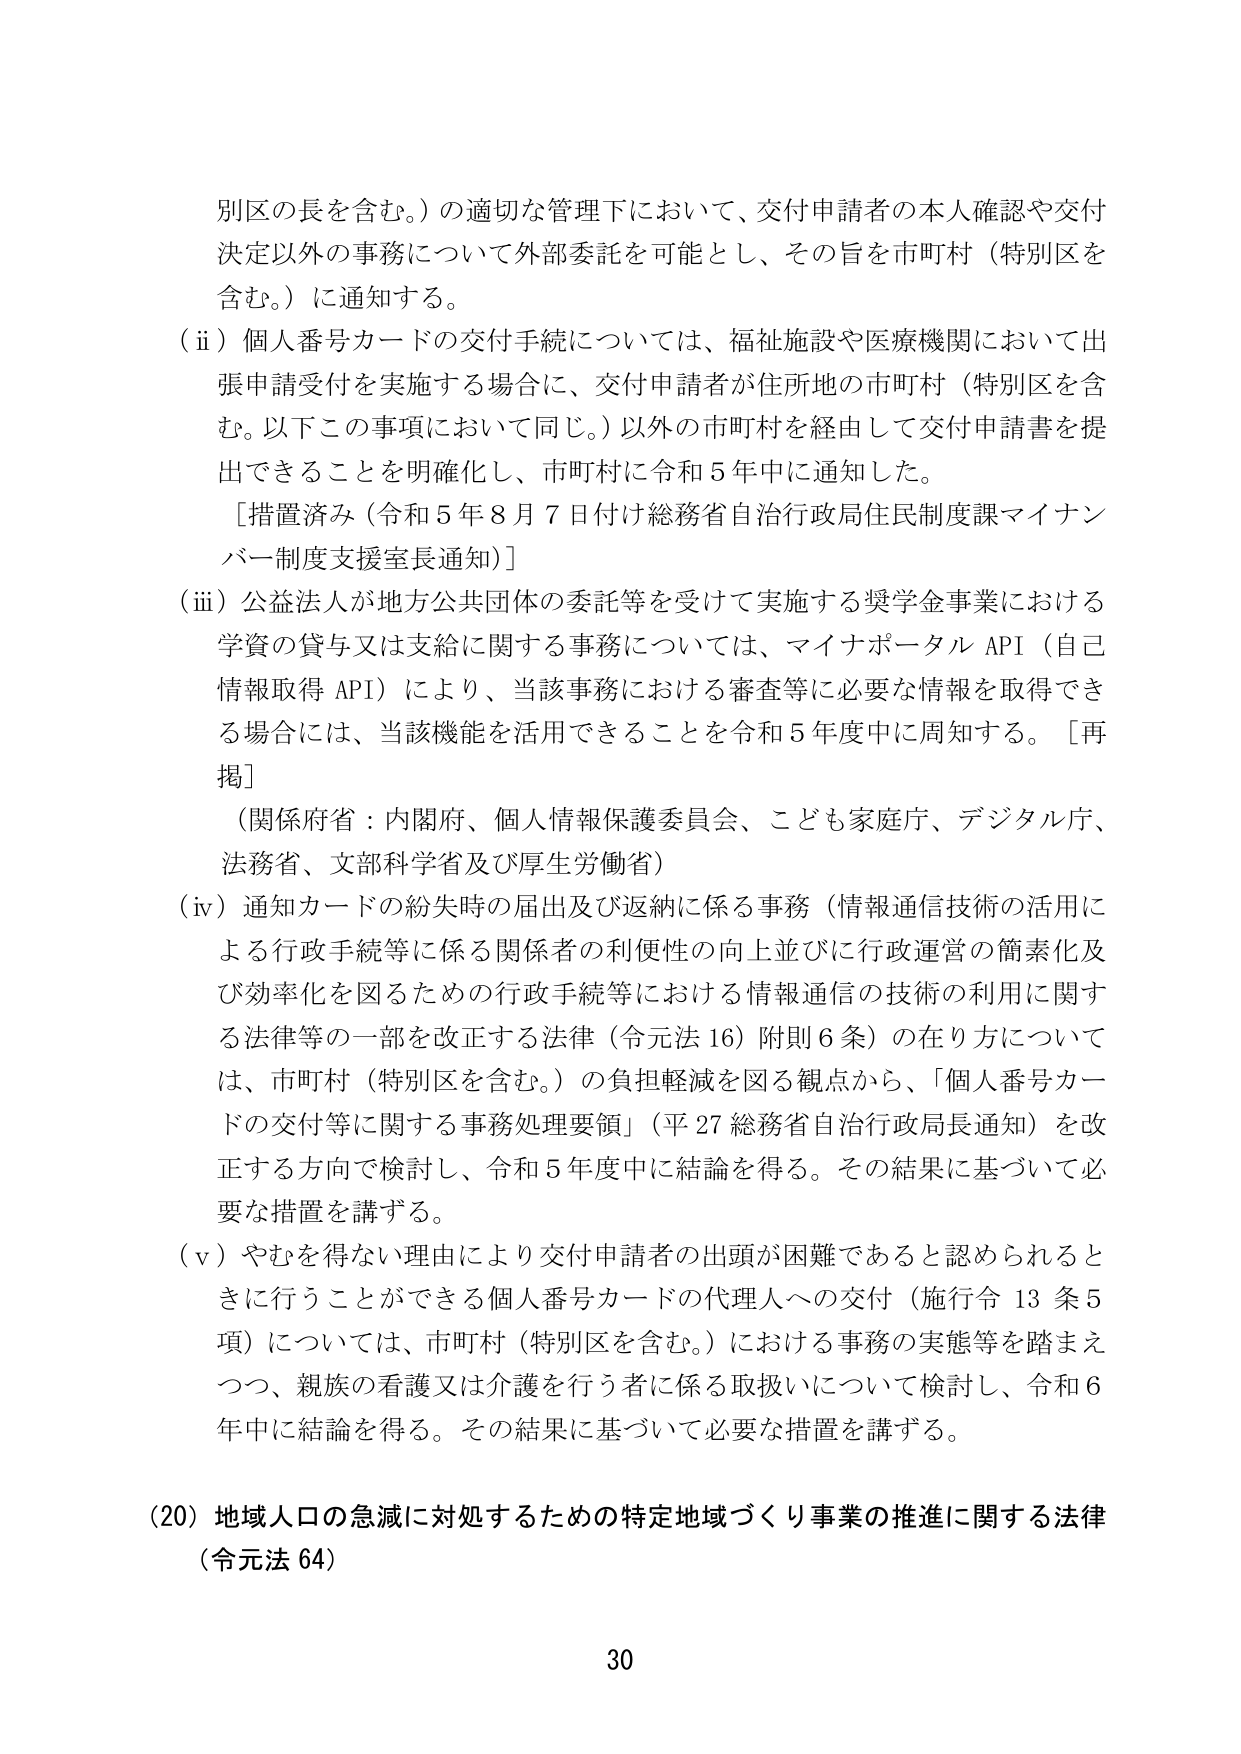
別区の長を含む。）の適切な管理下において、交付申請者の本人確認や交付決定以外の事務について外部委託を可能とし、その旨を市町村（特別区を含む。）に通知する。

（ⅱ）個人番号カードの交付手続については、福祉施設や医療機関において出張申請受付を実施する場合に、交付申請者が住所地の市町村（特別区を含む。以下この事項において同じ。）以外の市町村を経由して交付申請書を提出できることを明確化し、市町村に令和５年中に通知した。

［措置済み（令和５年８月７日付け総務省自治行政局住民制度課マイナンバー制度支援室長通知）］

（ⅲ）公益法人が地方公共団体の委託等を受けて実施する奨学金事業における学資の貸与又は支給に関する事務については、マイナポータル API（自己情報取得 API）により、当該事務における審査等に必要な情報を取得できる場合には、当該機能を活用できることを令和５年度中に周知する。［再掲］

（関係府省：内閣府、個人情報保護委員会、こども家庭庁、デジタル庁、法務省、文部科学省及び厚生労働省）

（ⅳ）通知カードの紛失時の届出及び返納に係る事務（情報通信技術の活用による行政手続等に係る関係者の利便性の向上並びに行政運営の簡素化及び効率化を図るための行政手続等における情報通信の技術の利用に関する法律等の一部を改正する法律（令元法16）附則6条）の在り方については、市町村（特別区を含む。）の負担軽減を図る観点から、「個人番号カードの交付等に関する事務処理要領」（平27 総務省自治行政局長通知）を改正する方向で検討し、令和５年度中に結論を得る。その結果に基づいて必要な措置を講ずる。

（ⅴ）やむを得ない理由により交付申請者の出頭が困難であると認められるときにを行うことができる個人番号カードの代理人への交付（施行令13条5項）については、市町村（特別区を含む。）における事務の実態等を踏まえつつ、親族の看護又は介護を行う者に係る取扱いについて検討し、令和６年中に結論を得る。その結果に基づいて必要な措置を講ずる。

（20）地域人口の急減に対処するための特定地域づくり事業の推進に関する法律（令元法64）

30